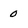
Character: 0